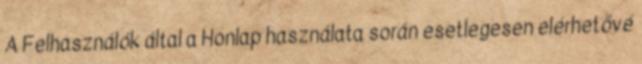
A Felhasználók által a Honlap használata során esetlegesen elérhetővé